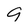
Character: 9